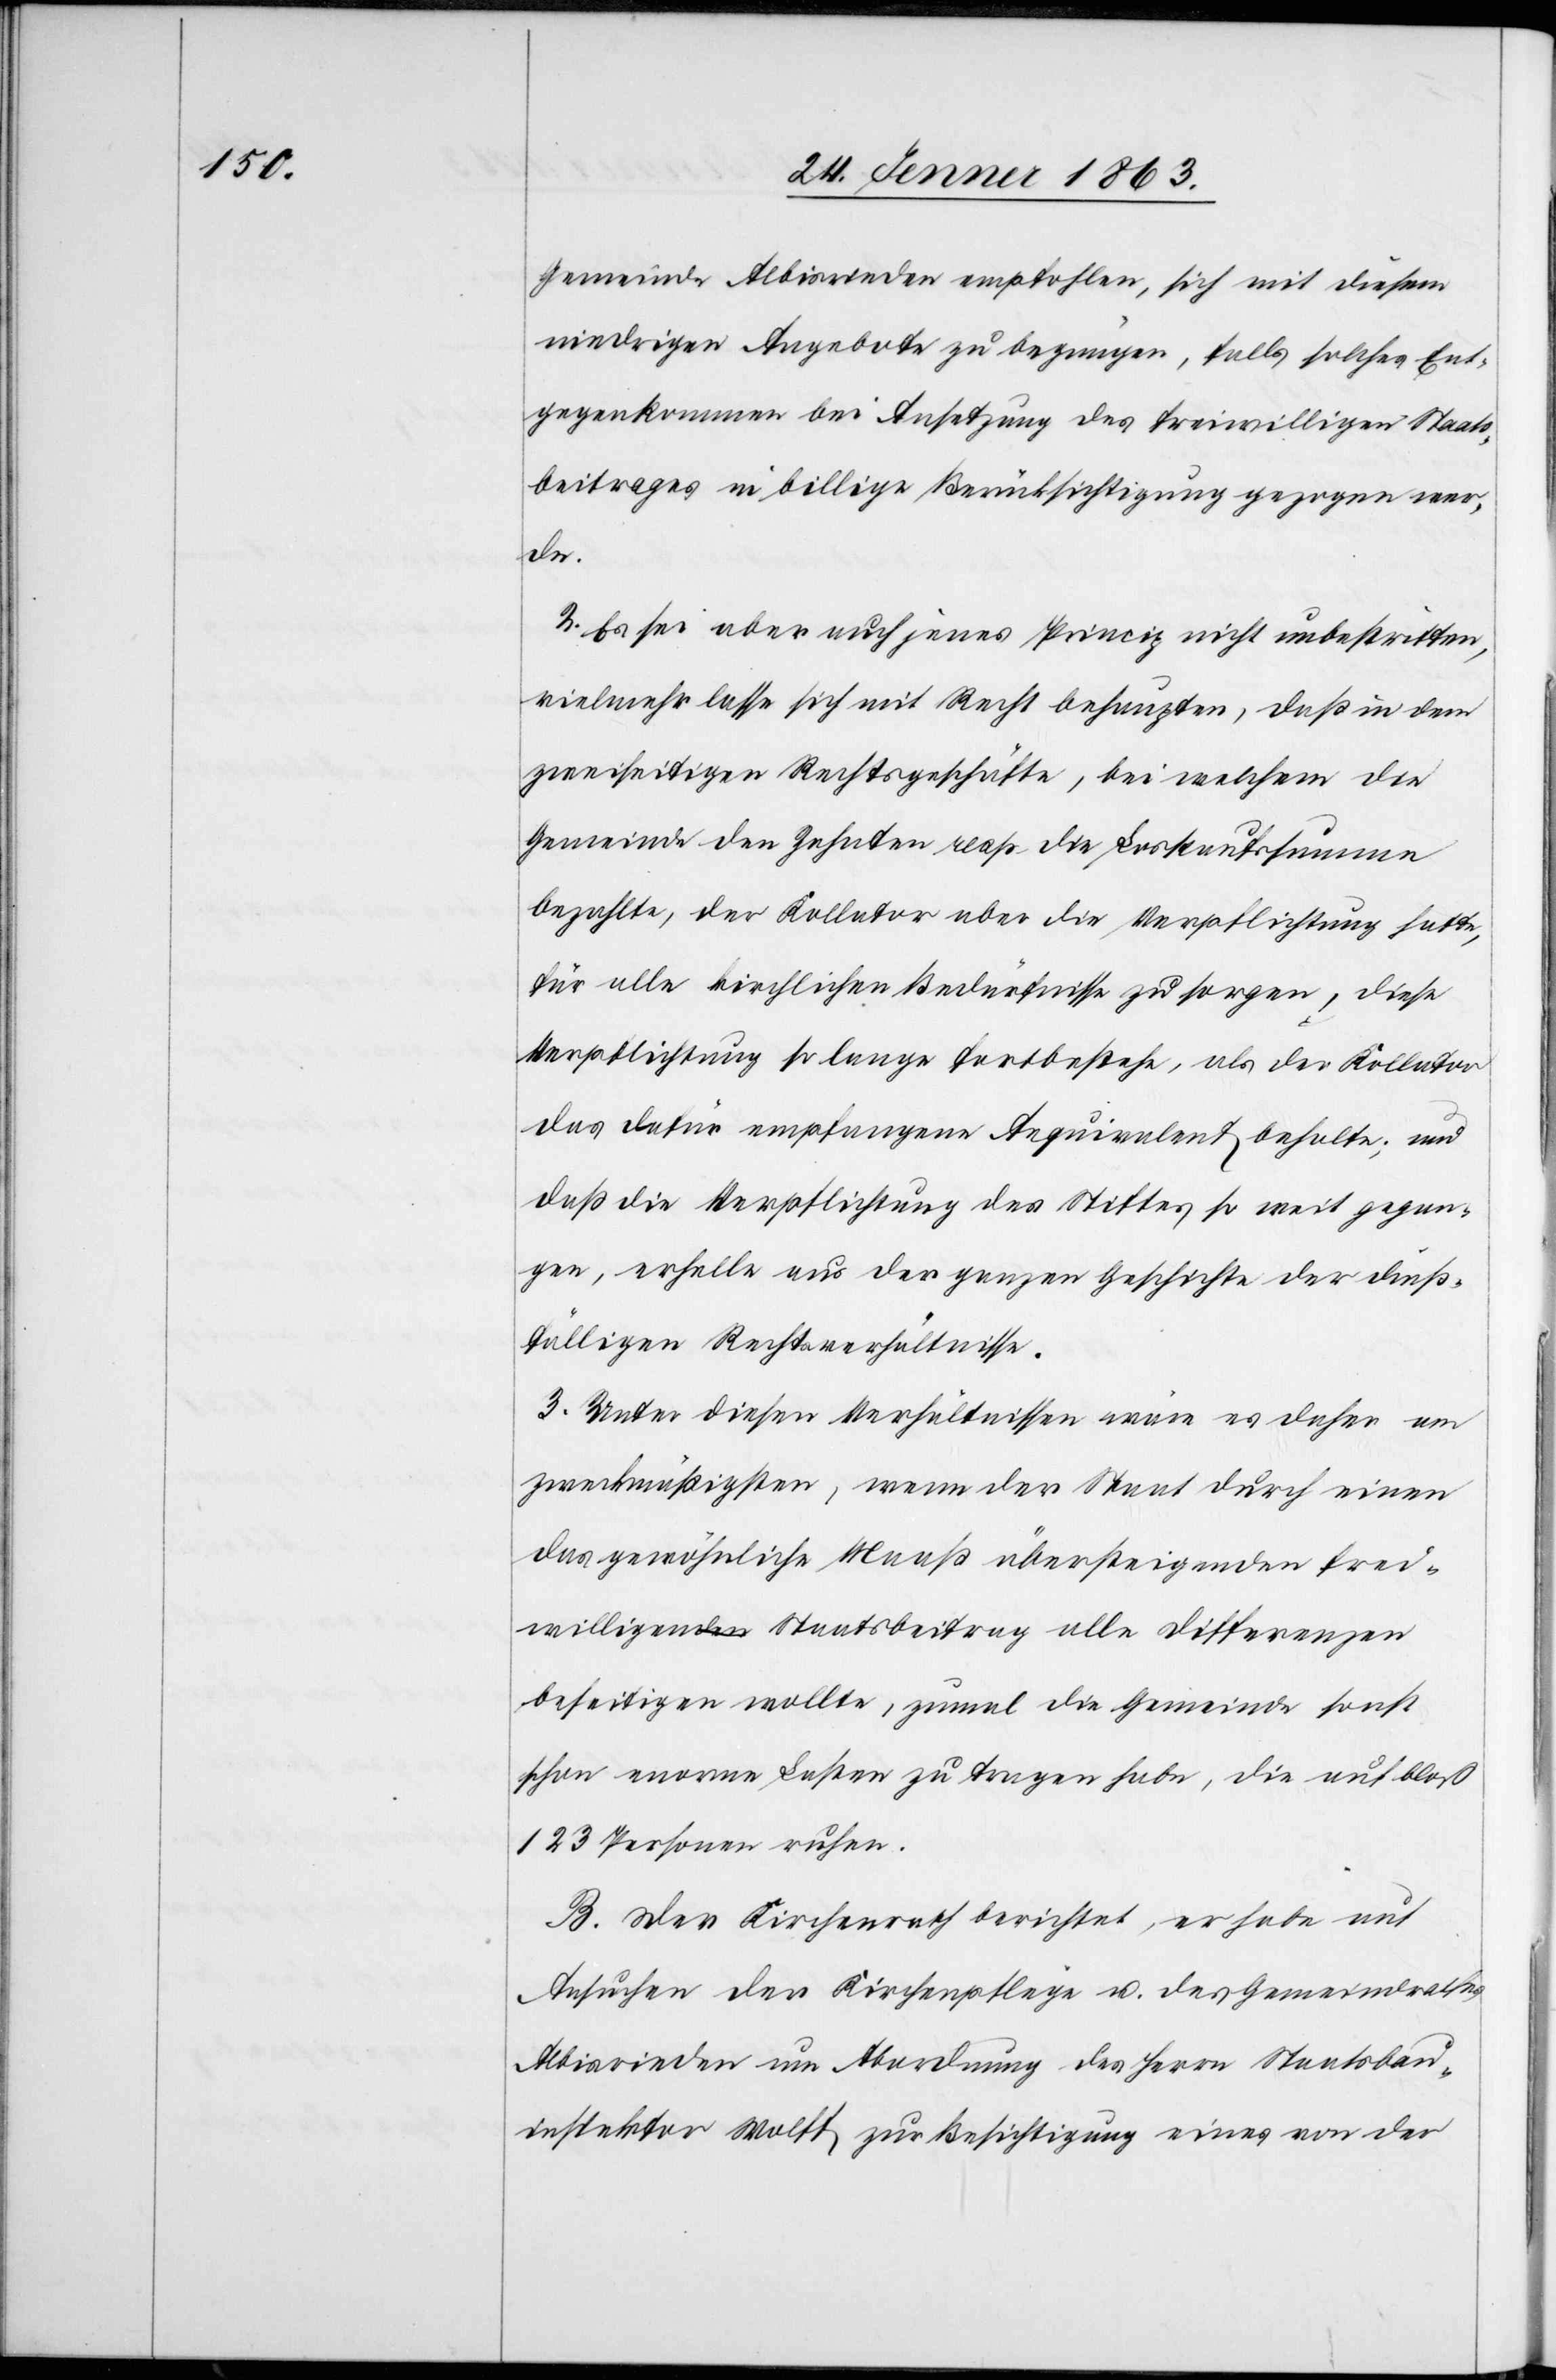
Gemeinde Albisrieden empfohlen, sich mit diesem
niedrigen Angebote zu begnügen, falls solches Ent¬
gegenkommen bei Ansetzung des freiwilligen Staats¬
beitrages in billige Berücksichtigung gezogen wer¬
de.
2. Es sei aber auch jenes Princip nicht unbestritten,
vielmehr lasse sich mit Recht behaupten, daß in dem
zweiseitigen Rechtsgeschäfte, bei welchem die
Gemeinde den Zehnten resp. die Loskaufssumme
bezahlte, der Kollator aber die Verpflichtung hatte,
für alle kirchlichen Bedürfnisse zu sorgen, diese
Verpflichtung so lange fortbestehe, als der Kollator
das dafür empfangene Aequivalent behalte; und
daß die Verpflichtung des Stiftes so weit gegan¬
gen, erhelle aus der ganzen Geschichte der dieß¬
fälligen Rechtsverhältnisse.
3. Unter diesen Verhältnissen wäre es daher am
zweckmäßigsten, wenn der Staat durch einen
das gewöhnliche Maaß übersteigenden frei¬
willigen Staatsbeitrag alle Differenzen
beseitigen wollte, zumal die Gemeinde sonst
schon enorme Lasten zu tragen habe, die auf bloß
123 Personen ruhen.
B. Der Kirchenrath berichtet, er habe auf
Ansuchen der Kirchenpflege u. des Gemeindrathes
Albisrieden um Abordnung des Herrn Staatsbau¬
inspektor Wolff zur Besichtigung eines von der